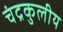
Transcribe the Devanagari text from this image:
चंद्रकुलीय